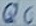
Text: Q6